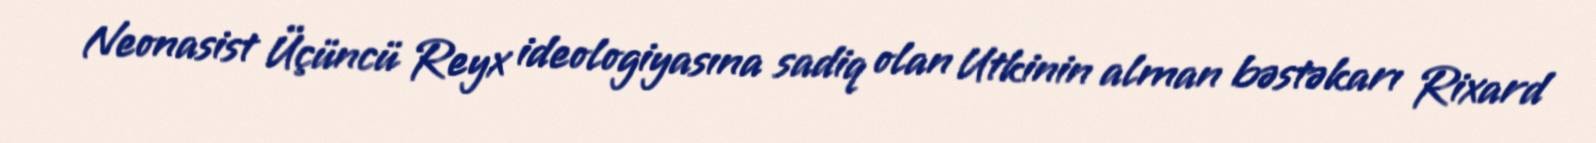
Neonasist Üçüncü Reyx ideologiyasına sadiq olan Utkinin alman bəstəkarı Rixard